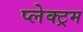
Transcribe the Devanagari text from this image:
प्लेक्ट्रम